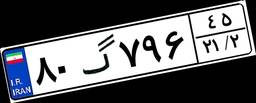
۸۰گ۷۹۶۴۵